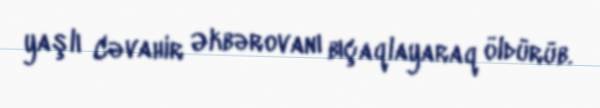
yaşlı Cəvahir Əkbərovanı bıçaqlayaraq öldürüb.